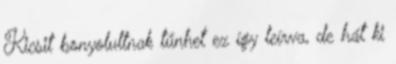
Kicsit bonyolultnak tűnhet ez így leírva, de hát ki